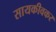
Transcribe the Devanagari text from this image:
सायकीवकर